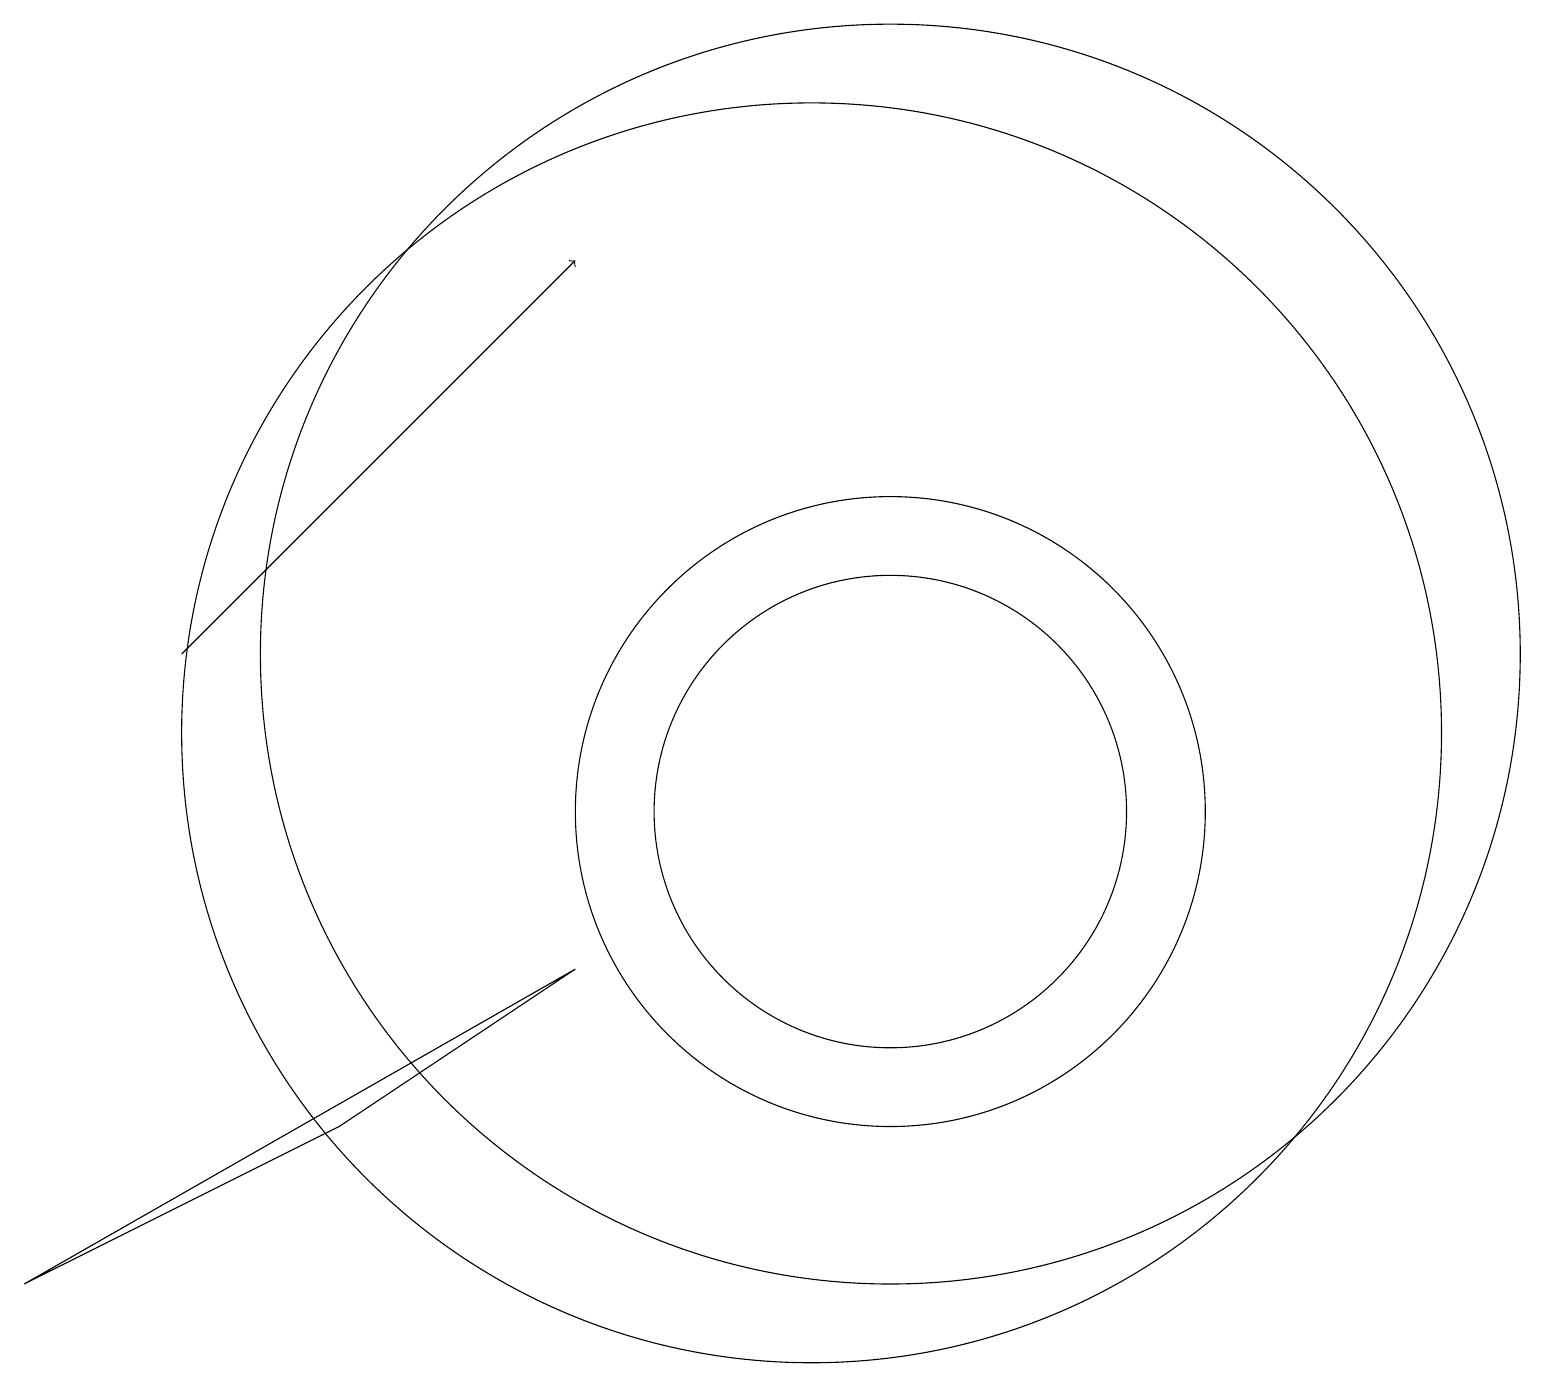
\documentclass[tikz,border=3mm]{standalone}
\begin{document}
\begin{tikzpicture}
\draw[->] (2,12) -- (7,17);
\draw (11,12) circle (8);
\draw (11,10) circle (4);
\draw (0,4) -- (4,6) -- (7,8) -- cycle;
\draw (11,10) circle (3);
\draw (10,11) circle (8);
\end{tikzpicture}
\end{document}